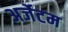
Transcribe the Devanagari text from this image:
अर्जेटम